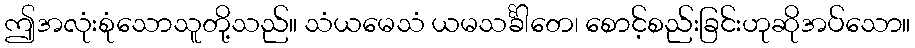
ဤအလုံးစုံသောသူတို့သည်။ သံယမေသံ ယမသင်္ခါတေ၊ စောင့်စည်းခြင်းဟုဆိုအပ်သော။